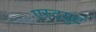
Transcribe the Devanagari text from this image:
एस्ट्युट